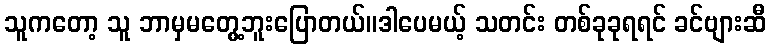
သူကတော့ သူ ဘာမှမတွေ့ဘူးပြောတယ်။ဒါပေမယ့် သတင်း တစ်ခုခုရရင် ခင်ဗျားဆီ